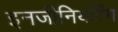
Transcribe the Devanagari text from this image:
इनजीनियरिँग